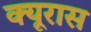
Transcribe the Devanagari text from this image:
क्यूरास